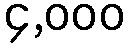
၄,၀၀၀